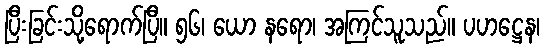
ပြီးခြင်းသို့ရောက်ပြီ။ ၅၆၊ ယော နရော၊ အကြင်သူသည်။ ပဟဋ္ဌေန၊